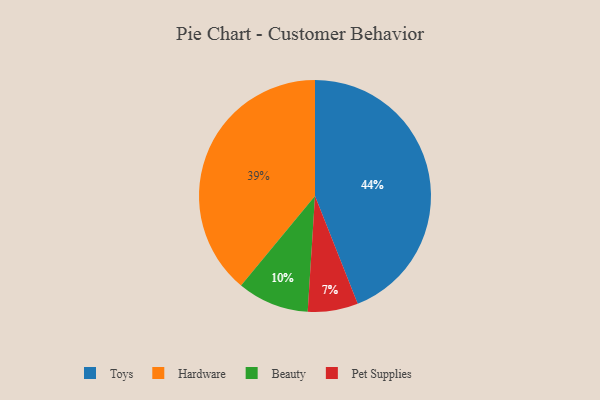
{"axis": {"x": "Category", "y": "Percentage"}, "legend": ["Beauty", "Hardware", "Pet Supplies", "Toys"], "data": [{"x": "Beauty", "y": 10, "type": "Beauty"}, {"x": "Pet Supplies", "y": 7, "type": "Pet Supplies"}, {"x": "Hardware", "y": 39, "type": "Hardware"}, {"x": "Toys", "y": 44, "type": "Toys"}]}